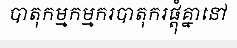
បាតុកម្មកម្មករបាតុករផ្តុំគ្នានៅ